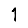
Digit: 1